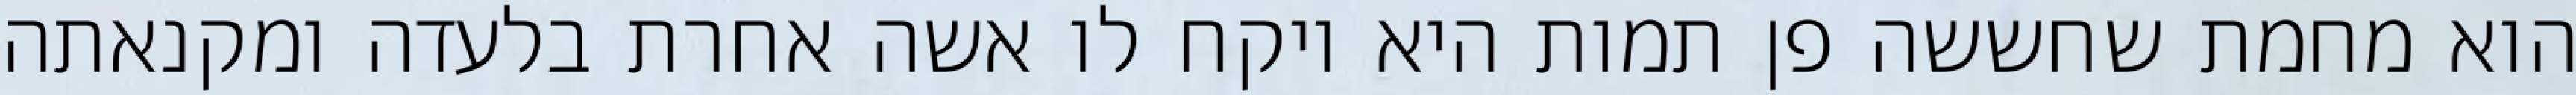
הוא מחמת שחששה פן תמות היא ויקח לו אשה אחרת בלעדה ומקנאתה